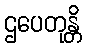
ဌပေတုန္တိ